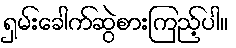
ရှမ်းခေါက်ဆွဲစားကြည့်ပါ။